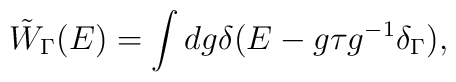
\tilde{W}_\Gamma(E) = \int dg \delta(E - g\tau g^{-1}  \delta_\Gamma),